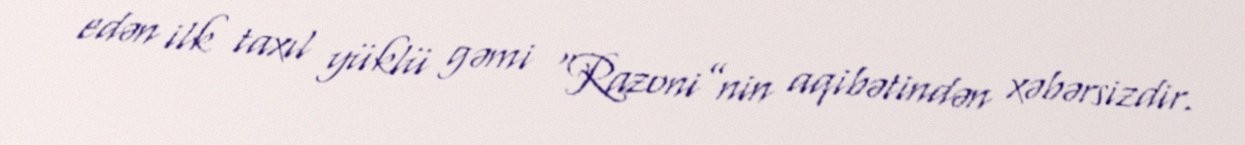
edən ilk taxıl yüklü gəmi “Razoni”nin aqibətindən xəbərsizdir.